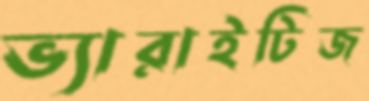
ভ্যারাইটিজ